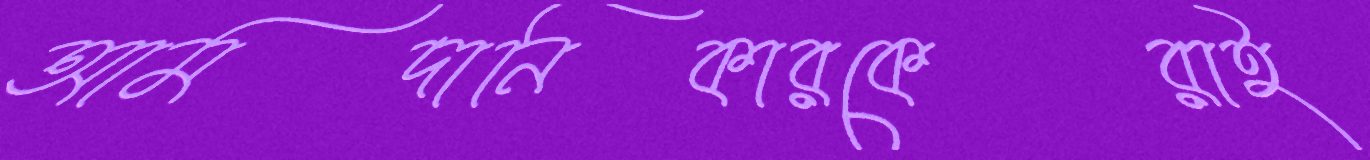
আমদানিকারকেরাই